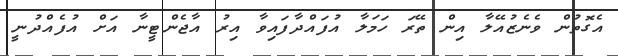
އެގޮތުން ވެނެޒުއޭލާ އިން ތޭރަ ހަމަލާ އުފައްދާފައިވާ އިރު އާޖެންޓީނާ އަށް އުފެއްދުނީ